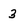
Character: 3